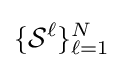
\{{\mathcal {S}}^{\ell }\}_{\ell =1}^{N}